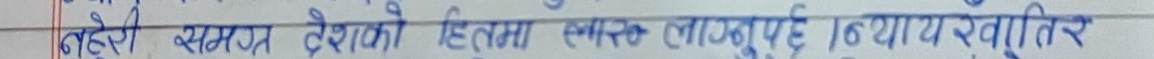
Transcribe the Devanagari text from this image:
गह्यो समग्र देशको हितमा समग्र लागुबई 16 याय स्वातिर